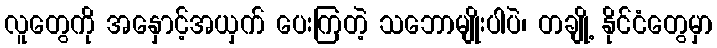
လူတွေကို အနှောင့်အယှက် ပေးကြတဲ့ သဘောမျိုးပါပဲ၊ တချို့ နိုင်ငံတွေမှာ